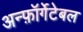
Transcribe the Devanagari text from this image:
अन्फ़ॉर्गेटेबल